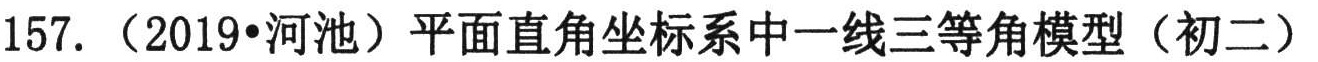
157.（2019•河池）平面直角坐标系中一线三等角模型（初二）